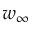
w _ { \infty }